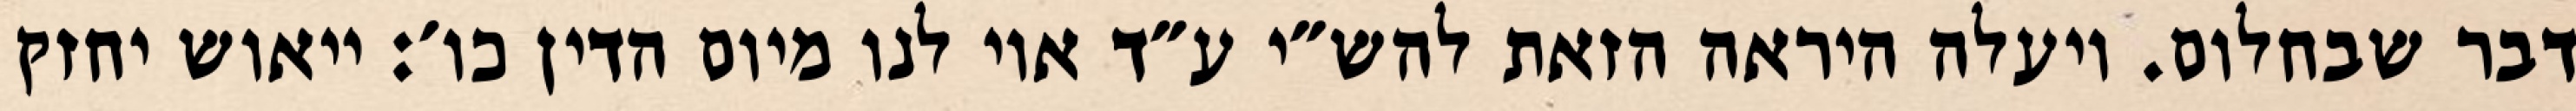
דבר שבחלום. ויעלה היראה הזאת להש״י ע״ד אוי לנו מיום הדין כו׳: ייאוש יחזק